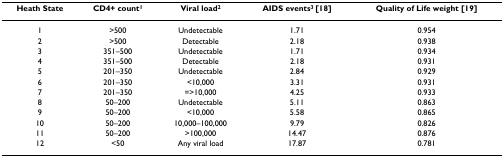
<table><thead><tr><td><b>Heath State</b></td><td><b>CD4+ count<sup>1</sup></b></td><td><b>Viral load<sup>2</sup></b></td><td><b>AIDS events<sup>3 </sup>[18]</b></td><td><b>Quality of Life weight [19]</b></td></tr></thead><tbody><tr><td>1</td><td>&gt;500</td><td>Undetectable</td><td>1.71</td><td>0.954</td></tr><tr><td>2</td><td>&gt;500</td><td>Detectable</td><td>2.18</td><td>0.938</td></tr><tr><td>3</td><td>351–500</td><td>Undetectable</td><td>1.71</td><td>0.934</td></tr><tr><td>4</td><td>351–500</td><td>Detectable</td><td>2.18</td><td>0.931</td></tr><tr><td>5</td><td>201–350</td><td>Undetectable</td><td>2.84</td><td>0.929</td></tr><tr><td>6</td><td>201–350</td><td>&lt;10,000</td><td>3.31</td><td>0.931</td></tr><tr><td>7</td><td>201–350</td><td>=&gt;10,000</td><td>4.25</td><td>0.933</td></tr><tr><td>8</td><td>50–200</td><td>Undetectable</td><td>5.11</td><td>0.863</td></tr><tr><td>9</td><td>50–200</td><td>&lt;10,000</td><td>5.58</td><td>0.865</td></tr><tr><td>10</td><td>50–200</td><td>10,000–100,000</td><td>9.79</td><td>0.826</td></tr><tr><td>11</td><td>50–200</td><td>&gt;100,000</td><td>14.47</td><td>0.876</td></tr><tr><td>12</td><td>&lt;50</td><td>Any viral load</td><td>17.87</td><td>0.781</td></tr></tbody></table>